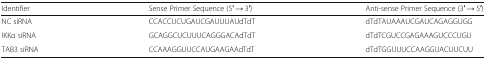
<table><thead><tr><td><b>Identifier</b></td><td><b>Sense Primer Sequence (5′ → 3′)</b></td><td><b>Anti-sense Primer Sequence (3′ → 5′)</b></td></tr></thead><tbody><tr><td>NC siRNA</td><td>CCACCUCUGAUCGAUUUAUdTdT</td><td>dTdTAUAAAUCGAUCAGAGGUGG</td></tr><tr><td>IKKα siRNA</td><td>GCAGGCUCUUUCAGGGACAdTdT</td><td>dTdTCGUCCGAGAAAGUCCCUGU</td></tr><tr><td>TAB3 siRNA</td><td>CCAAAGGUUCCAUGAAGAAdTdT</td><td>dTdTGGUUUCCAAGGUACUUCUU</td></tr></tbody></table>